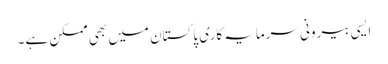
ایسی بیرونی سرمایہ کاری پاکستان میں بھی ممکن ہے۔